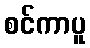
စင်ကာပူ